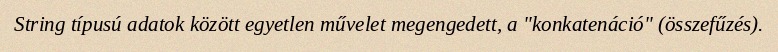
String típusú adatok között egyetlen művelet megengedett, a "konkatenáció" (összefűzés).